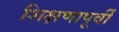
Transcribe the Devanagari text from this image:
शिक्षणापूर्वी